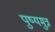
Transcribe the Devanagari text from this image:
पुष्यमुत्र